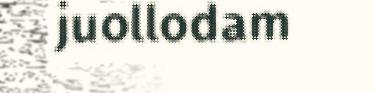
juollodam